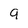
Character: 9